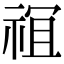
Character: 𫞵